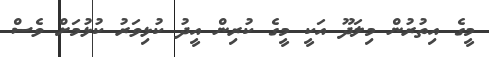
މީގެ އިތުރުން މިލަދޫ އަކީ މީގެ ކުރިން އީދު ކުޅިވަރު ކުޅުމަށް ވެސް